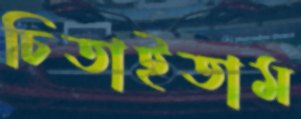
চিতাইতাম